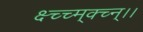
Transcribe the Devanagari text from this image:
क्ष्च्च्म्क्च्न्।।